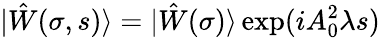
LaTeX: |\hat{W}(\sigma,s)\rangle=|\hat{W}(\sigma)\rangle\exp(iA_{0}^{2}\lambda s)